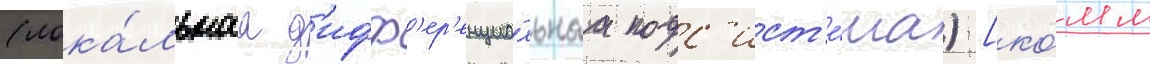
(лока́льнаа д'ифф'ер'енциа́льнаа подс'ист'е́ма) [ко́мм